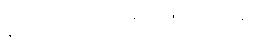
နာတာရှာက ပြန်၍ဖြေလိုက်သည်။